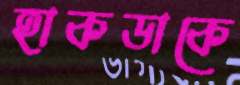
হাকডাকে